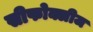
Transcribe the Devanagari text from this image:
सीफोक्लीज